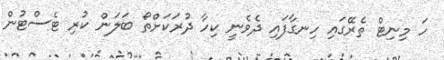
ހަ މިނިޓް ތެރޭގައި ހިނގާފައި ދެވެނީ ކިހާ ދުރަކަށްތޯ ބަލަން ކުރި ޓެސްޓުން